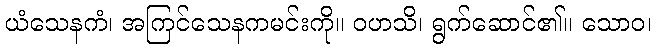
ယံသေနကံ၊ အကြင်သေနကမင်းကို။ ဝဟသိ၊ ရွက်ဆောင်၏။ သောဝ၊